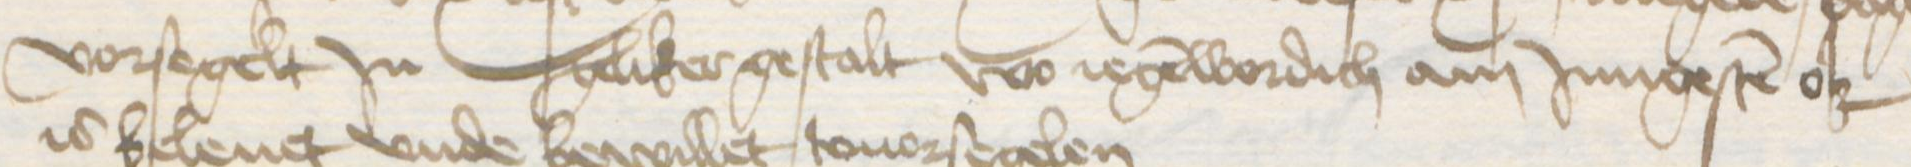
Transcription: vorsegelt Jn geliker gestalt wo iegenwordich am Jungesten ok